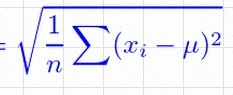
\sigma=\sqrt{\frac1n\sum(x_i-\mu)^2}